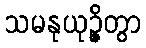
သမနုယုဉ္ဇိတွာ